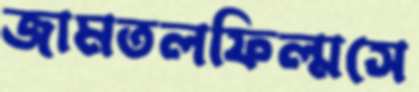
জামতলফিল্মসে